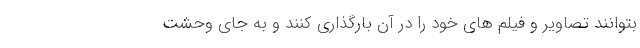
بتوانند تصاویر و فیلم های خود را در آن بارگذاری کنند و به جای وحشت